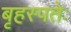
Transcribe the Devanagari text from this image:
बृहस्पतेः